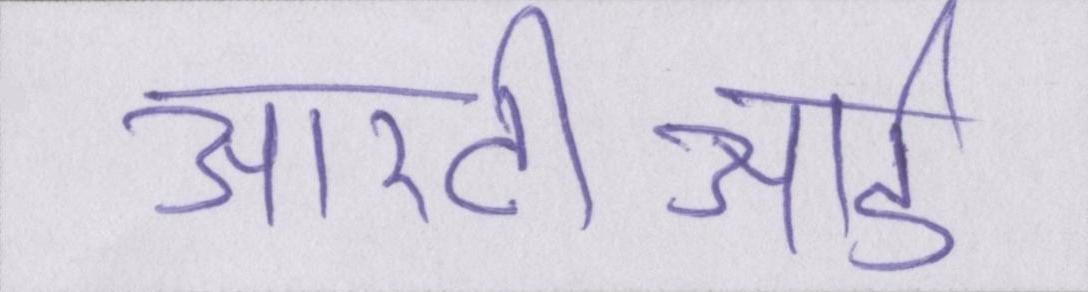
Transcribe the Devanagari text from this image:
आरटीआई